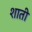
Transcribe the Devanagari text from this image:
शाती